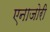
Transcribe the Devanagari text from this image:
एनाजोरी